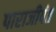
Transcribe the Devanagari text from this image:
पाराजीपंत